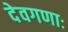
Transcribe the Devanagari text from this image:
देवगणाः